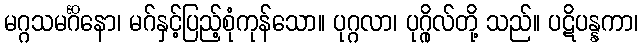
မဂ္ဂသမင်္ဂိနော၊ မဂ်နှင့်ပြည့်စုံကုန်သော။ ပုဂ္ဂလာ၊ ပုဂ္ဂိုလ်တို့ သည်။ ပဋိပန္နကာ၊